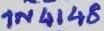
Text: 1N4148